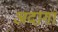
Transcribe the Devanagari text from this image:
अदागा